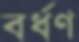
বর্ধণ